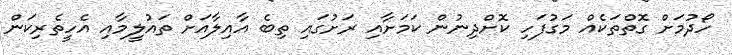
ހޯދުމަށް ގޮތްތަކެއް މަގުފަހި ކޮށްދިނުން ކަމަށާއި ރަށުގައި ތިބެ އާއިލާއަށް ތައުލީމާއި އެހީތެރިކަން